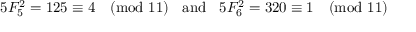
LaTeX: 5 F _ { 5 } ^ { 2 } = 1 2 5 \equiv 4 { \pmod { 1 1 } } \; \; { \mathrm { ~ a n d ~ } } \; \; 5 F _ { 6 } ^ { 2 } = 3 2 0 \equiv 1 { \pmod { 1 1 } }